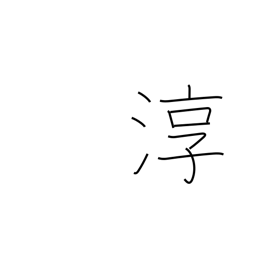
Meaning: pure